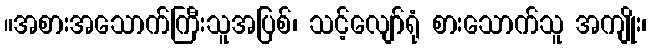
။အစားအသောက်ကြီးသူအပြစ်၊ သင့်လျော်ရုံ စားသောက်သူ အကျိုး၊